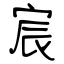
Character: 宸